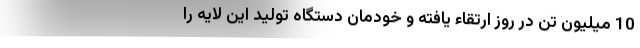
10 میلیون تن در روز ارتقاء یافته و خودمان دستگاه تولید این لایه را